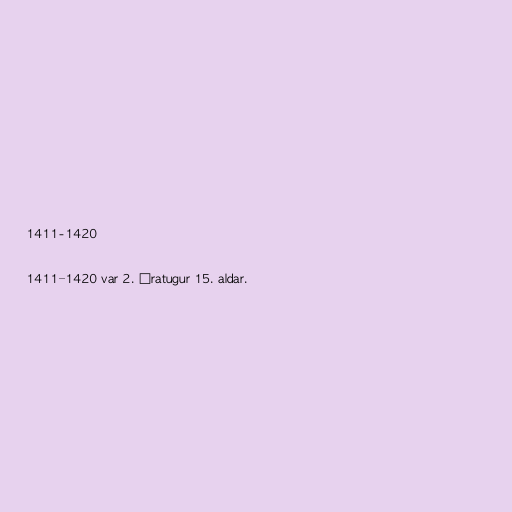
1411-1420

1411–1420 var 2. áratugur 15. aldar.